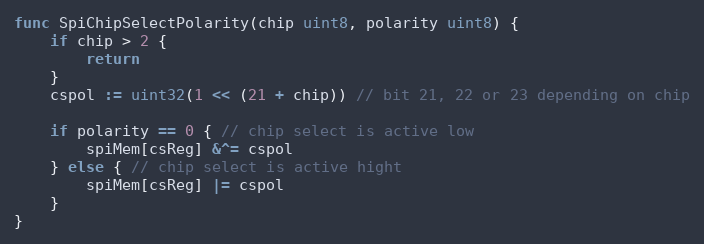
Language: Go
func SpiChipSelectPolarity(chip uint8, polarity uint8) {
	if chip > 2 {
		return
	}
	cspol := uint32(1 << (21 + chip)) // bit 21, 22 or 23 depending on chip

	if polarity == 0 { // chip select is active low
		spiMem[csReg] &^= cspol
	} else { // chip select is active hight
		spiMem[csReg] |= cspol
	}
}